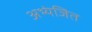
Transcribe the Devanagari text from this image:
अभ्यंजित